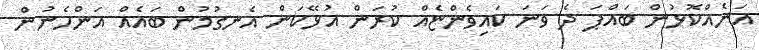
އަނެއްކޮޅުން ބައްޕަ ދެ ވަނަ ކައިވެންޏެއް ކުރަން އުޅޭކަން އެނގުމުން ބައެއް އަންހެނުން